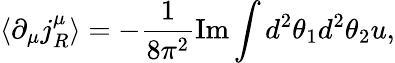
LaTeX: \langle\partial_{\mu}j_{R}^{\mu}\rangle=-\frac{1}{8\pi^{2}}\mathrm{Im}\int d^{2}\theta_{1}d^{2}\theta_{2}u,